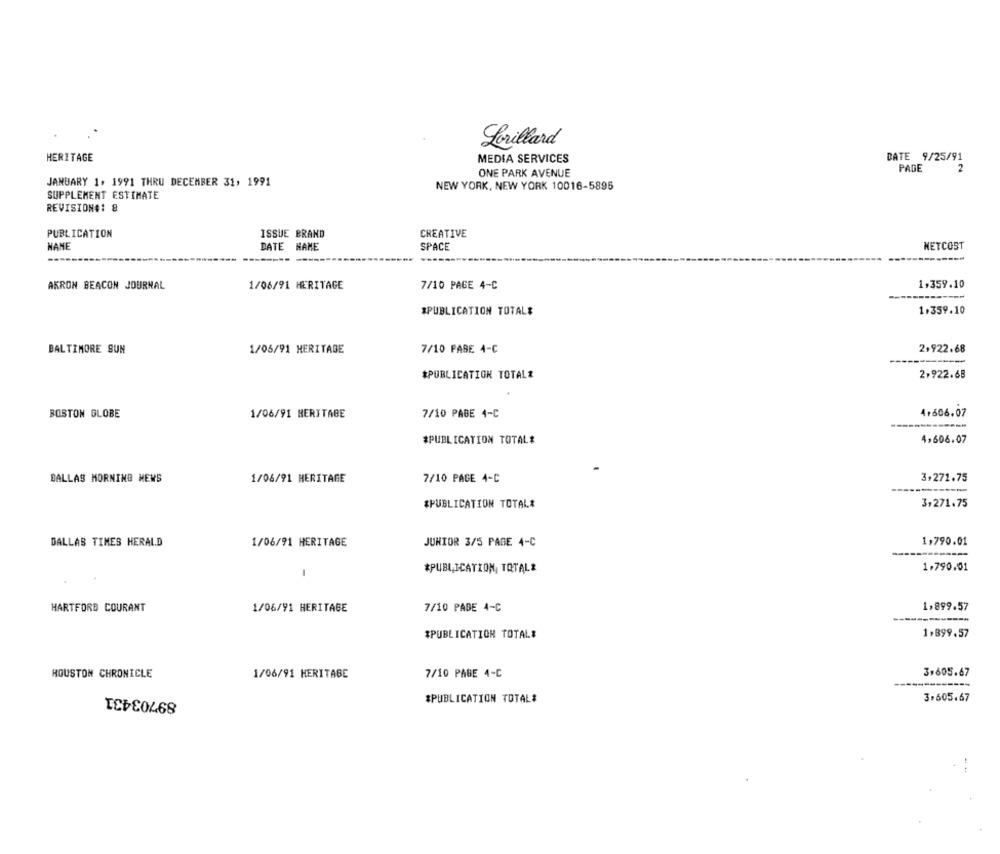
Lorillard
HERITAGE
MEDIA SERVICES
DATE 9/25/91
ONE PARK AVENUE
PAGE
2
JANUARY 1, 1991 THRU DECEMBER 31, 1991
NEW YORK, NEW YORK 10016-5895
SUPPLEMENT ESTIMATE
REVISION#: 8
PUBLICATION
ISSUE BRAND
CREATIVE
NANE
DATE NAME
SPACE
NETCOST
------
AKRON BEACON JOURNAL
1/06/91 HERITAGE
7/10 PAGE 4-C
1,359.10
--
*PUBLICATION TOTALE
1.359.10
BALTIMORE SUN
1/05/91 HERITAGE
7/10 PASE 4-C
2+922.68
*PUBLICATION TOTALE
2.922.68
BOSTON GLOBE
1/06/91 HERITAGE
7/10 PABE 4-C
4+606,07
#PUBLICATION TOTALE
4,606.07
DALLAS MORNING NEWS
1/06/91 HERITAGE
7/10 PAGE 4-C
3,271.75
&PUBLICATION TOTAL&
3,271.75
DALLAS TIMES HERALD
1/06/91 HERITAGE
JUNIOR 3/5 PAGE 4-C
1,790.01
*PUBLICATION, TOTALE
1.790.01
-
HARTFORD COURANT
7/10 PADE 4-C
1,899.57
1/06/91 HERITAGE
-------------
*PUBLICATION TOTAL#
1.899.57
HOUSTON CHRONICLE
1/06/91 HERITAGE
7/10 PAGE 4-C
3,605.67
89703431
*PUBLICATION TOTAL#
3,605.67